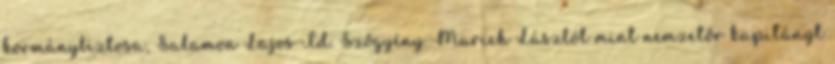
kormánybiztosa, Salamon Lajos Id. Szőgyény-Marich Lászlót mint nemzetőr kapitányt